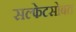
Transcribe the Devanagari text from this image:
सल्फेटसोबत